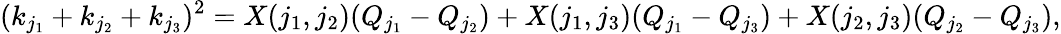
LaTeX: (k_{j_{1}}+k_{j_{2}}+k_{j_{3}})^{2}=X(j_{1},j_{2})(Q_{j_{1}}-Q_{j_{2}})+X(j_{1},j_{3})(Q_{j_{1}}-Q_{j_{3}})+X(j_{2},j_{3})(Q_{j_{2}}-Q_{j_{3}}),